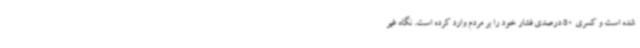
شده است و کسری 50 درصدی فشار خود را بر مردم وارد کرده است. نگاه غیر